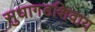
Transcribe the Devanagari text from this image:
सुधागडशिवाय